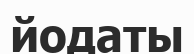
йодаты